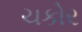
ચકોર